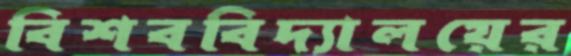
বিশববিদ্যালয়ের